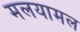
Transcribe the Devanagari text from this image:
मलयामल